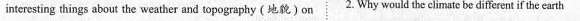
interesting things about the weather and topography (地貌)on 2. Why would the climate be different if the earth